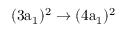
\mathrm { ( 3 a _ { 1 } ) ^ { 2 } \rightarrow ( 4 a _ { 1 } ) ^ { 2 } }